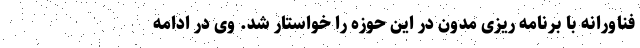
فناورانه با برنامه ریزی مدون در این حوزه را خواستار شد. وی در ادامه